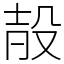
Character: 㱿